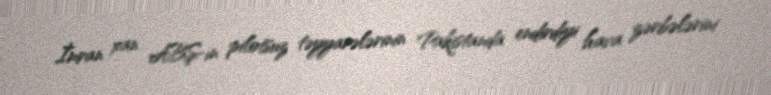
İmran xan ABŞ-ın pilotsuz təyyarələrinin Pakistanda endirdiyi hava zərbələrini